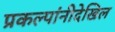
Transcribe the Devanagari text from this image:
प्रकल्पांनीदेखिल